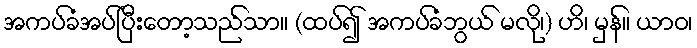
အကပ်ခံအပ်ပြီးတော့သည်သာ။ (ထပ်၍ အကပ်ခံဘွယ် မလို၊) ဟိ၊ မှန်။ ယာဝ၊